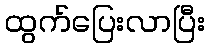
ထွက်ပြေးလာပြီး